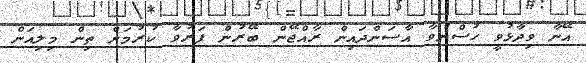
އޭނާ ވިދާޅުވީ ހުސްނުވާ އާސަންދައިން ރާއްޖޭން ބޭރުން ފަރުވާ ކުރުމަށް ތިން މިލިއަން